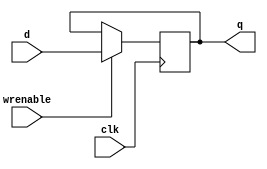
//------------------------------------------------------------------------
// Address Latch
//   Positive edge triggered
//   If writeEnable is true, writes dataIn to reg q
//------------------------------------------------------------------------

module addresslatch (q, d, wrenable, clk);
	parameter W = 8;

	output reg [W-1:0] q;
	input [W-1:0] d;
	input wrenable;
	input clk;

	always @(posedge clk) begin
		if (wrenable) begin
			q <= d;
		end
	end
endmodule